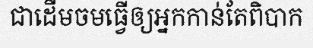
ជាដើមចមធ្វើឲ្យអ្នកកាន់តែពិបាក